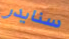
سنايدر